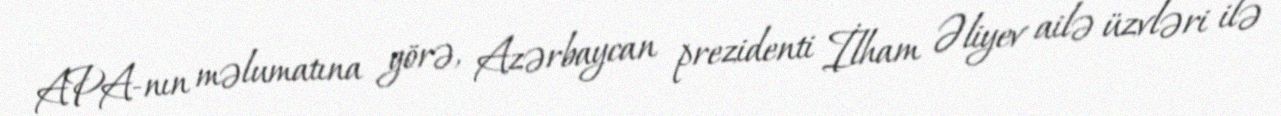
APA-nın məlumatına görə, Azərbaycan prezidenti İlham Əliyev ailə üzvləri ilə